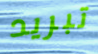
تبريد